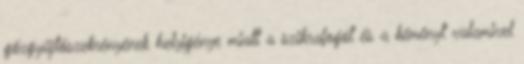
gőzgyűjtőszekrényének helyigénye miatt a szikrafogót és a kéményt valamivel